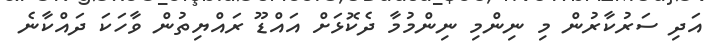
އަދި ސަރުކާރުން މި ނިންމި ނިންމުމާ ދެކޮޅަށް އައްޑޫ ރައްޔިތުން ވާހަކަ ދައްކާނެ